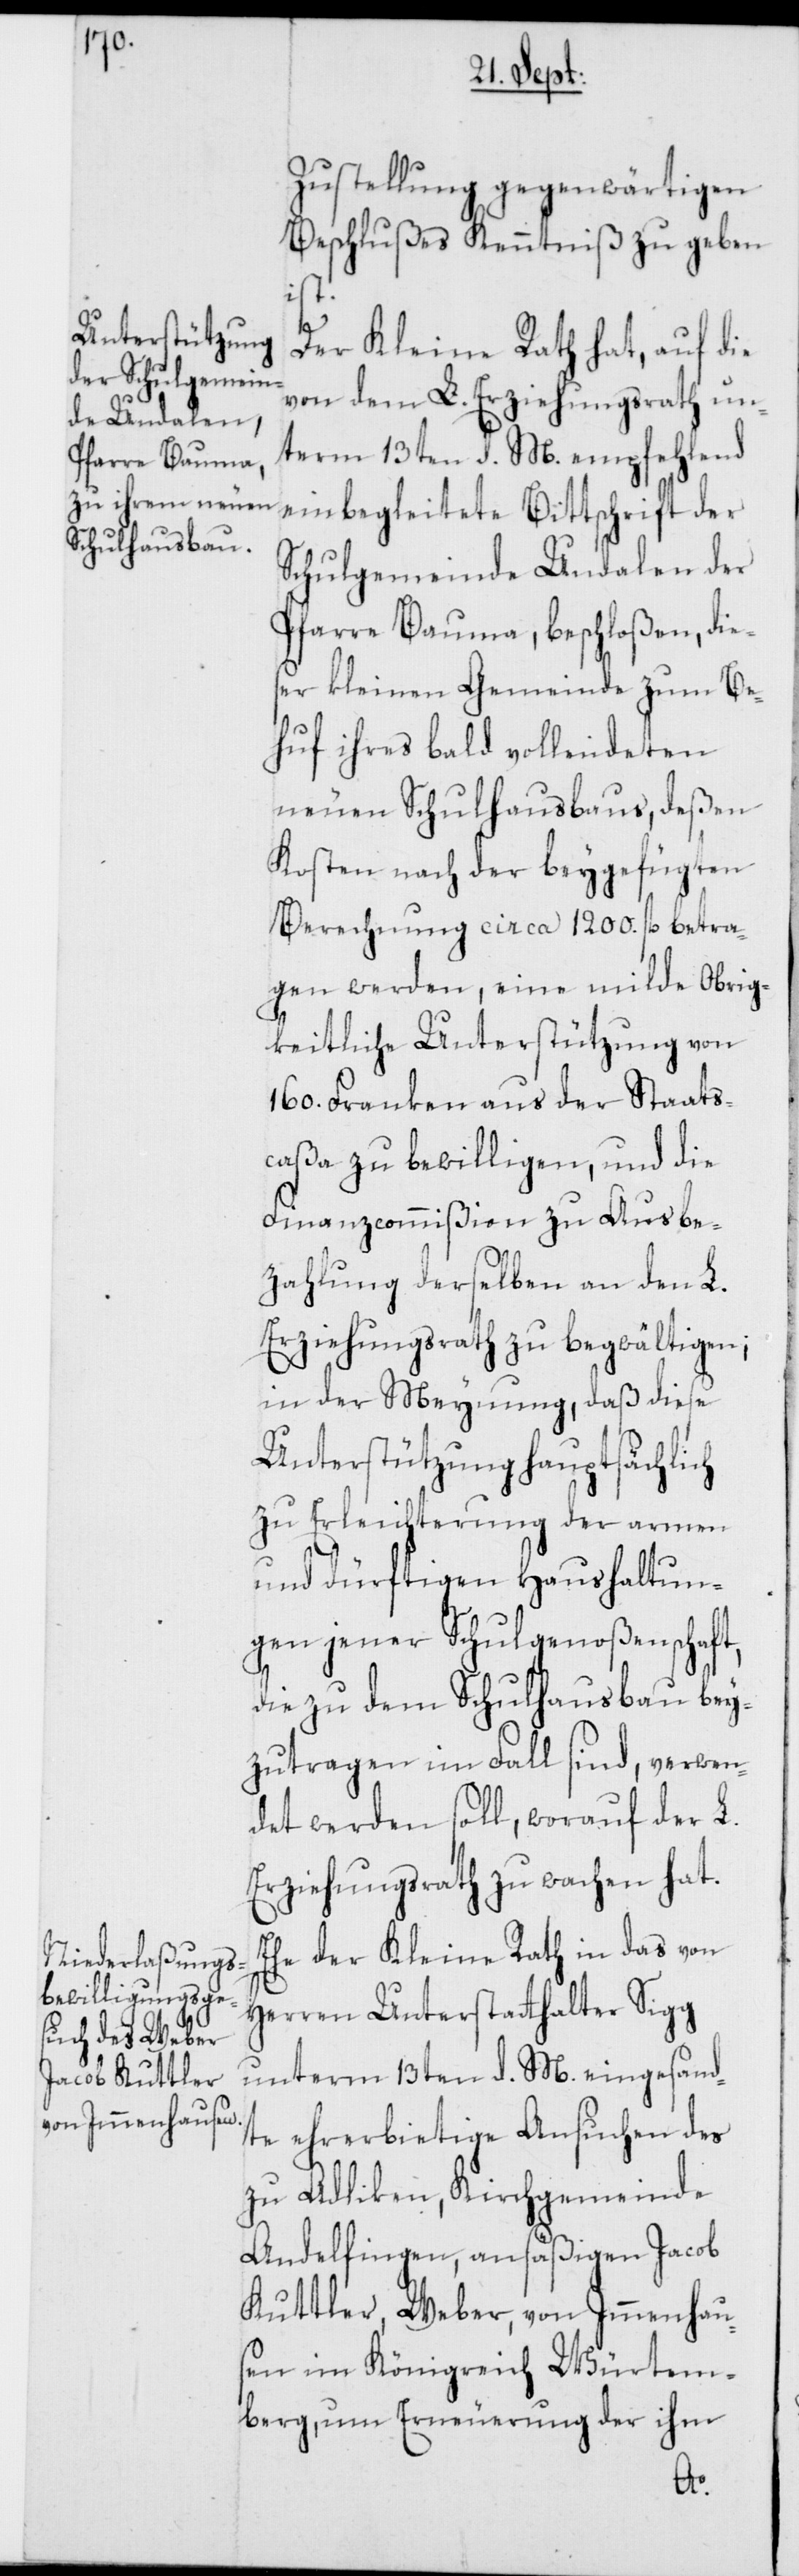
Zustellung gegenwärtigen
Beschlußes Kenntniß zu geben
ist.
ch
Der Kleine Rath hat, auf die
von dem L. Erziehungsrath un¬
term 13ten d. M. empfehlend
einbegleitete Bittschrift der
Schulgemeinde Undalen der
Pfarre Bauma, beschloßen, die¬
ser kleinen Gemeinde zum Be¬
huf ihres bald vollendeten
neuen Schulhausbaus, deßen
Kosten nach der beygefügten
Berechnung circa 1200. fl. betra¬
gen werden, eine milde Obrig¬
keitliche Unterstützung von
160. Franken aus der Staats¬
caßa zu bewilligen, und die
Finanzcommißion zu Ausbe¬
zahlung derselben an den L.
Erziehungsrath zu begwältigen;
in der Meysnung, daß diese
Unterstützung hauptsächli¬
zu Erleichterung der armen
und dürftigen Haushaltun¬
gen jener Schulgenoßenschaft,
die zu dem Schulhausbau bey¬
zutragen im Fall sind, verwen¬
det werden soll, worauf der L.
Erziehungsrath zu wachen hat.
Ehe der Kleine Rath in das von
Herren Unterstatthalter Sigg
unterm 13ten d. M. eingesand¬
te ehrerbietige Ansuchen des
zu Adlikon, Kirchgemeinde
Andelfingen, ansäßigen Jacob
Kuttler, Weber, von Immenhau¬
sen im Königreich Würtem¬
berg, um Erneuerung der ihm